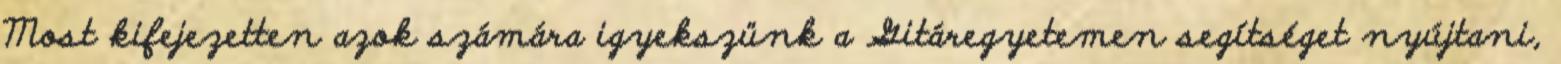
Most kifejezetten azok számára igyekszünk a Gitáregyetemen segítséget nyújtani,